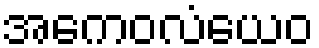
အကေဝလံယေဝ